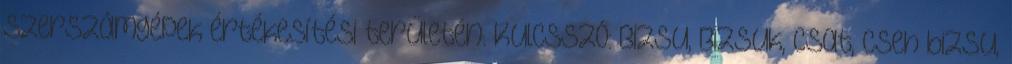
szerszámgépek értékesítési területén. Kulcsszó: Bizsu, Bizsuk, Csat, Cseh bizsu,